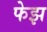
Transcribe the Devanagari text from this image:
फेझ